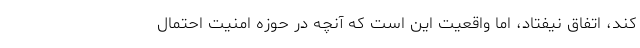
کند، اتفاق نیفتاد، اما واقعیت این است که آنچه در حوزه امنیت احتمال